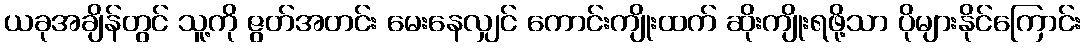
ယခုအချိန်တွင် သူ့ကို ဇွတ်အတင်း မေးနေလျှင် ကောင်းကျိုးထက် ဆိုးကျိုးရဖို့သာ ပိုများနိုင်ကြောင်း